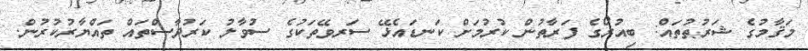
މަޤާމުގެ ޝަރުޠުތައް: ބިއުރޯގެ ފަރާތުން ކުރުމަށް ކަނޑައެޅޭ ސަރވޭތަކުގެ ސުވާލު ކަރުދާސްތައް ތައްޔާރުކުރުން.